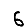
Digit: 6